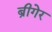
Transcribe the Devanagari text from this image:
ब्रीगेर